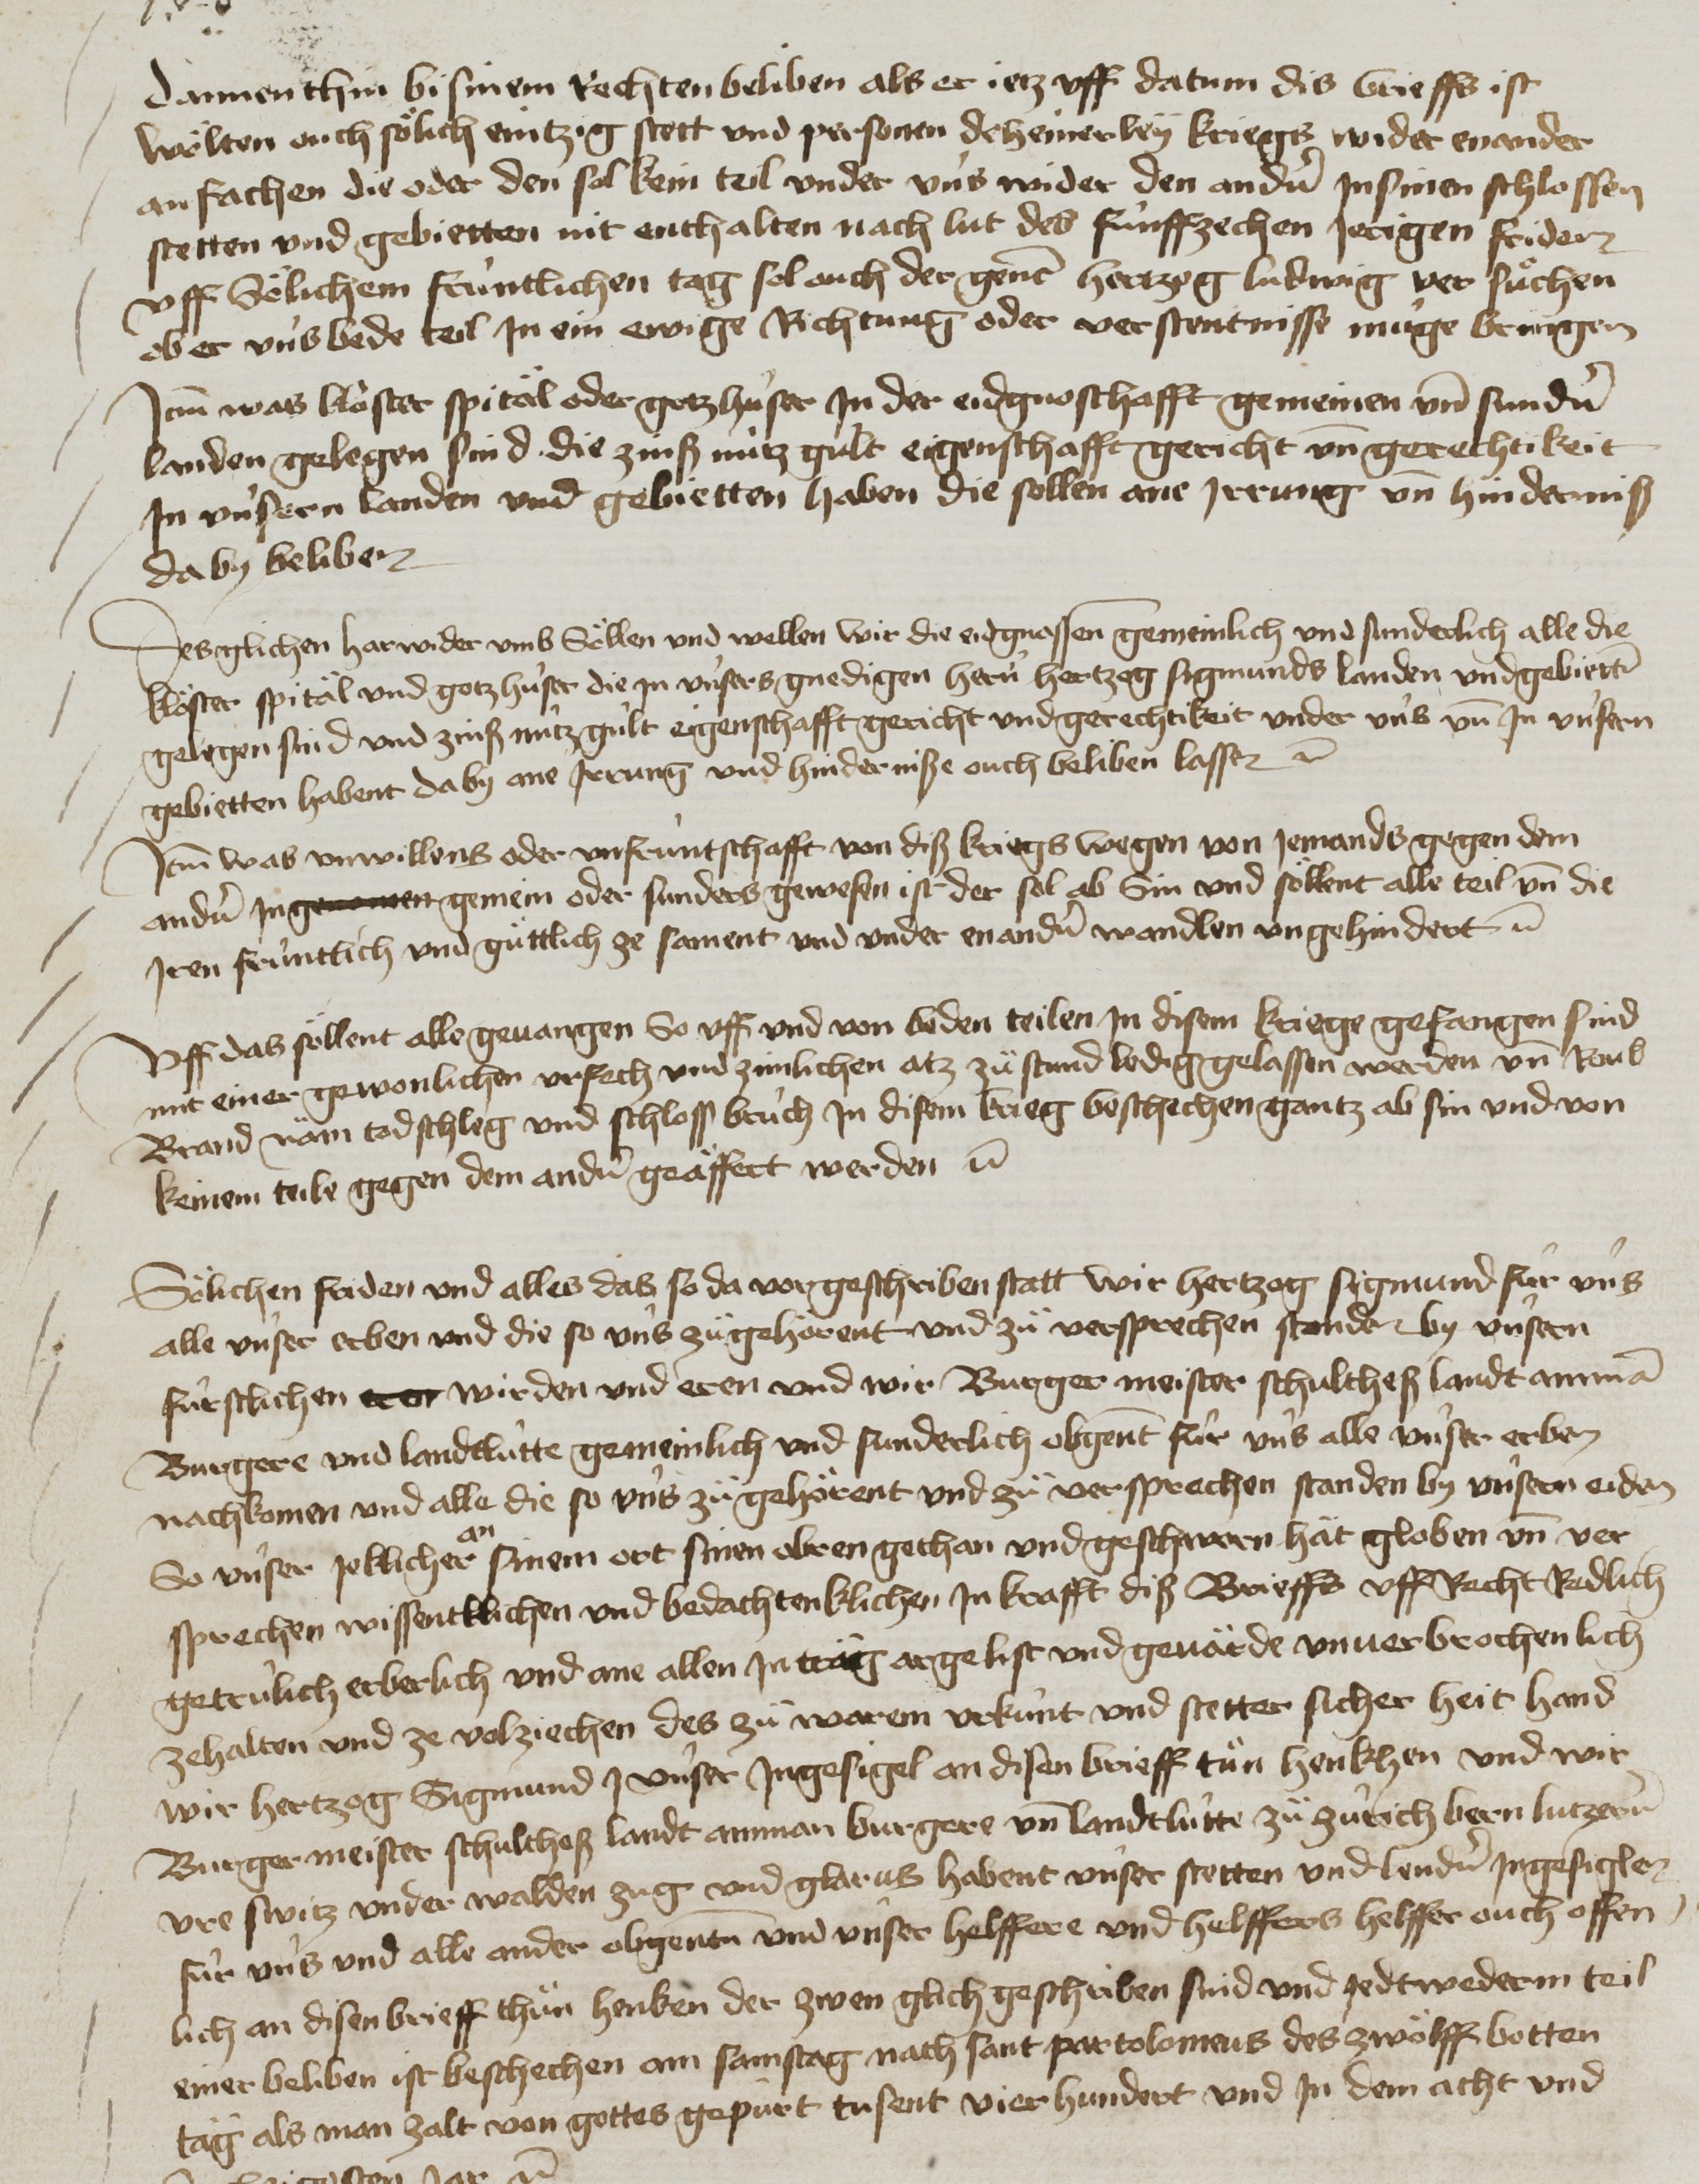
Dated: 1400–1499